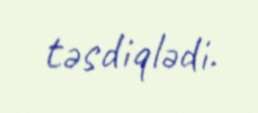
təsdiqlədi.